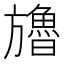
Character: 𣄤